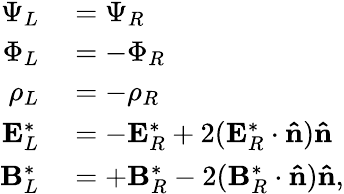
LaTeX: \begin{array}{rl}{\Psi_{L}}&{{}=\Psi_{R}}\\ {\Phi_{L}}&{{}=-\Phi_{R}}\\ {\rho_{L}}&{{}=-\rho_{R}}\\ {\mathbf{E}_{L}^{*}}&{{}=-\mathbf{E}_{R}^{*}+2(\mathbf{E}_{R}^{*}\cdot\mathbf{\hat{n}})\mathbf{\hat{n}}}\\ {\mathbf{B}_{L}^{*}}&{{}=+\mathbf{B}_{R}^{*}-2(\mathbf{B}_{R}^{*}\cdot\mathbf{\hat{n}})\mathbf{\hat{n}},}\end{array}